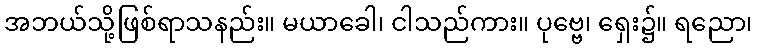
အဘယ်သို့ဖြစ်ရာသနည်း။ မယာခေါ၊ ငါသည်ကား။ ပုဗ္ဗေ၊ ရှေး၌။ ရညော၊